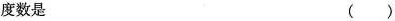
度数是 ()